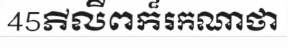
45ភីលីពក៏រកណាថា